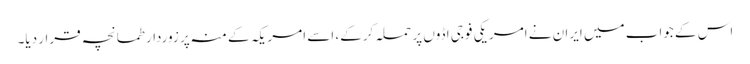
اس کے جواب میں ایران نے امریکی فوجی اڈوں پر حملہ کرکے، اسے امریکہ کے منہ پر زوردار طمانچہ قرار دیا۔